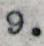
9.